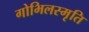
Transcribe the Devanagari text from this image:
गोभिलस्मृति